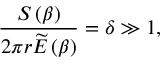
\frac { S \left( \beta \right) } { 2 \pi r \widetilde { E } \left( \beta \right) } = \delta \gg 1 ,